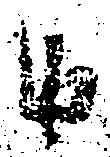
由